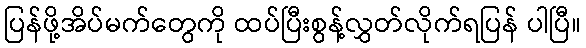
ပြန်ဖို့အိပ်မက်တွေကို ထပ်ပြီးစွန့်လွှတ်လိုက်ရပြန် ပါပြီ။